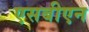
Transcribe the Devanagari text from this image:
एसबीएन